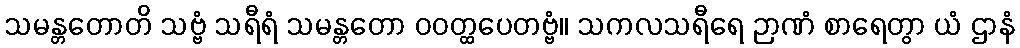
သမန္တတောတိ သဗ္ဗံ သရီရံ သမန္တတော ဝဝတ္ထပေတဗ္ဗံ။ သကလသရီရေ ဉာဏံ စာရေတွာ ယံ ဌာနံ